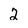
Character: 2